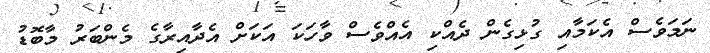
ނަމަވެސް އެކަމާއި ގުޅިގެން ދެއްކި އެއްވެސް ވާހަކަ އަކަށް އެދާއިރާގެ މެންބަރު މާބޮޑު